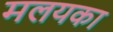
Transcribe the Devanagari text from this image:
मलयका